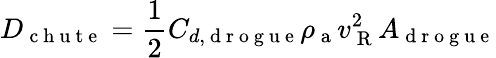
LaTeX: D_{\mathrm{~c~h~u~t~e~}}=\frac{1}{2}C_{d,\mathrm{~d~r~o~g~u~e~}}\rho_{\mathrm{~a~}}v_{\mathrm{~R~}}^{2}A_{\mathrm{~d~r~o~g~u~e~}}